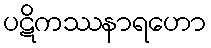
ပဋိကဿနာရဟော